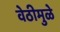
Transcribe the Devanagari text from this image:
वेठीमुळे